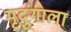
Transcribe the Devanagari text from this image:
मृदुंगाला